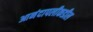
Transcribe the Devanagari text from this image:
आनंदापलीकडील